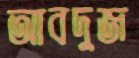
আবদুজ